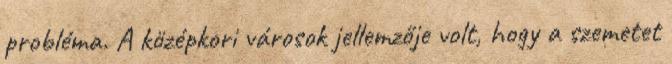
probléma. A középkori városok jellemzője volt, hogy a szemetet